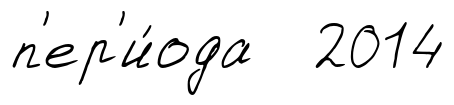
п'ер'и́ода 2014